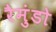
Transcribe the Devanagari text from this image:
रैमुंडो